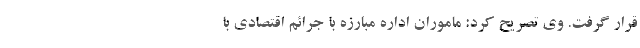
قرار گرفت. وی تصریح کرد: ماموران اداره مبارزه با جرائم اقتصادی با